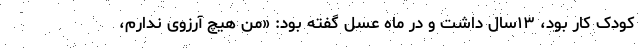
کودک کار بود، ۱۳سال داشت و در ماه عسل گفته بود: «من هیچ آرزوی ندارم،